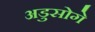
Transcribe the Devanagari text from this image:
अडुसोगे